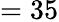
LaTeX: =35